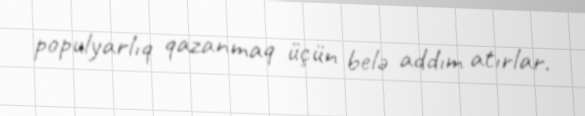
populyarlıq qazanmaq üçün belə addım atırlar.